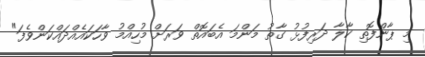
މި ޕާންފޮތި ކާލާ ދަރިފުޅު ގާތު މަންމަ އެބައޮތް ވަރަށް މުހިއްމު ވާހަކައެއްދައްކަންވެފަ"